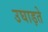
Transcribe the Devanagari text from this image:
उघाड़ते